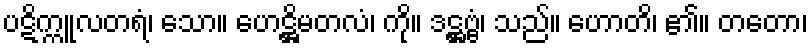
ပဋိက္ကူလတရံ၊ သော။ ဟေဋ္ဌိမတလံ၊ ကို။ ဒဋ္ဌဗ္ဗံ၊ သည်။ ဟောတိ၊ ၏။ တတော၊